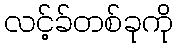
လင့်ခ်တစ်ခုကို